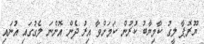
ޔޫރޮޕާ ލީގު ކާމިޔާބު ކުރުން ކަމަށްވާ އިރު ދެން އޮންނަ ލެގުގައި އުނައި